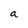
Character: a